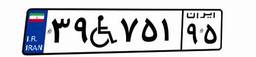
۲۱W۵۲۳۲۳